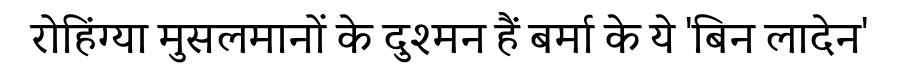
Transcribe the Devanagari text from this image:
रोहिंग्या मुसलमानों के दुश्मन हैं बर्मा के ये 'बिन लादेन'